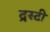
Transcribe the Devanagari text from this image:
द्रस्टी